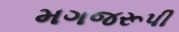
મગજરૂપી